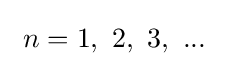
\ n=1,\ 2,\ 3,\ ...~